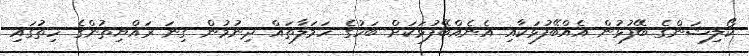
ކޯލިޝަންގެ ބޭފުޅުން އެއްބޭފުޅަކާއި އެނެއްބޭފުޅަކަށް ބަހުގެ ހަމަލާތައް ދިނުމުން ގިނަ ރައްޔިތުންގެ ހިތުގައި